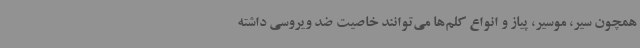
همچون سیر، موسیر، پیاز و انواع کلم‌ها می‌توانند خاصیت ضد ویروسی داشته